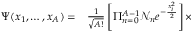
\begin{array} { r l } { \Psi ( x _ { 1 } , \ldots , x _ { A } ) = } & { { } \frac { 1 } { \sqrt { A ! } } \left[ \Pi _ { n = 0 } ^ { A - 1 } \mathcal { N } _ { n } e ^ { - \frac { x _ { i } ^ { 2 } } { 2 } } \right] \times } \end{array}